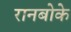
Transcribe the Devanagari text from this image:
रानबोके